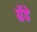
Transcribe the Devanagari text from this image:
ग्रॅंडे